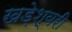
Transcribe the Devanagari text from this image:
खड़ेश्वरी